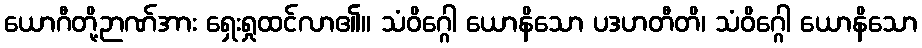
ယောဂီတို့ဉာဏ်အား ရှေးရှုထင်လာ၏။ သံဝိဂ္ဂေါ ယောနိသော ပဒဟတီတိ၊ သံဝိဂ္ဂေါ ယောနိသော